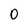
Character: 0